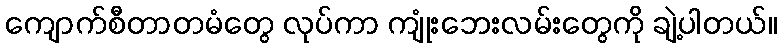
ကျောက်စီတာတမံတွေ လုပ်ကာ ကျုံးဘေးလမ်းတွေကို ချဲ့ပါတယ်။